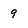
Character: 9